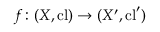
f \colon ( X , \mathrm { c l } ) \to ( X ^ { \prime } , \mathrm { c l } ^ { \prime } )